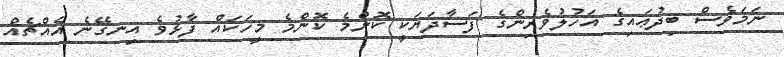
ނަމަވެސް ބިދުޢައިގެ އަހުލުވެރިންގެ ފަސާދަޔަކީ ކޮންމެ ކޮންމެ މީހަކައް ފާޅުވެ އިނގޭނެ އެއްޗެއް